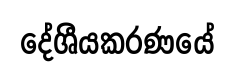
දේශීයකරණයේ